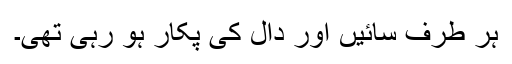
ہر طرف سائیں اور دال کی پکار ہو رہی تھی۔